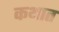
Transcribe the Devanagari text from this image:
कथात